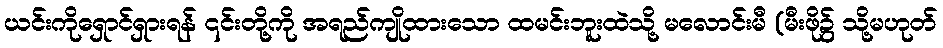
ယင်းကိုရှောင်ရှားရန် ၎င်းတို့ကို အရည်ကျိုထားသော ထမင်းဘူးထဲသို့ မလောင်းမီ (မီးဖို၌ သို့မဟုတ်